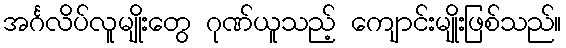
အင်္ဂလိပ်လူမျိုးတွေ ဂုဏ်ယူသည့် ကျောင်းမျိုးဖြစ်သည်။